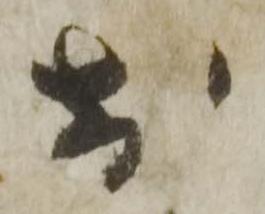
於